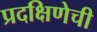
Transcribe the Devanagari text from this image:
प्रदक्षिणेची